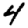
Digit: 4